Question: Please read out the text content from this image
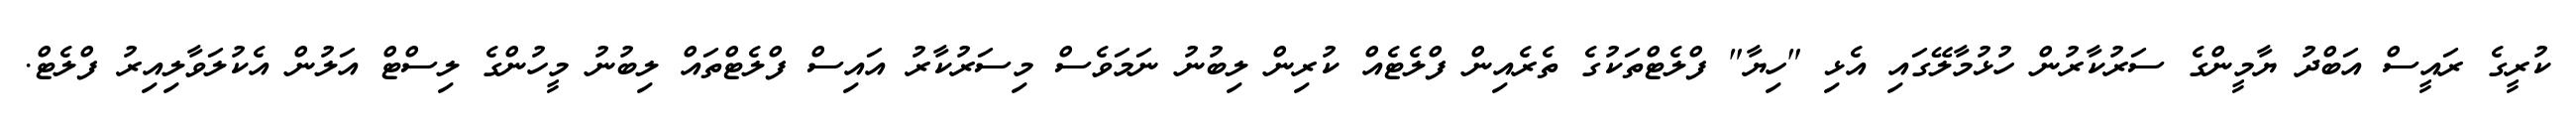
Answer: ކުރީގެ ރައީސް އަބްދު ޔާމީންގެ ސަރުކާރުން ހުޅުމާލޭގައި އެޅި "ހިޔާ" ފްލެޓްތަކުގެ ތެރެއިން ފްލެޓެއް ކުރިން ލިބުނު ނަމަވެސް މިސަރުކާރު އައިސް ފްލެޓްތައް ލިބުނު މީހުންގެ ލިސްޓް އަލުން އެކުލަވާލިއިރު ފްލެޓް.